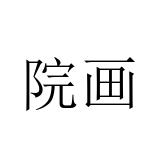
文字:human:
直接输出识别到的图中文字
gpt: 院画